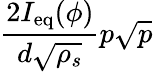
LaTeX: \displaystyle\frac{2I_{\mathrm{eq}}(\phi)}{d\sqrt{\rho_{s}}}p\sqrt{p}